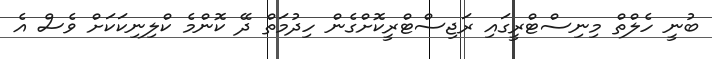
ބުނީ ހެލްތް މިނިސްޓްރީގައި ރަޖިސްޓްރީކޮށްގެން ހިދުމަތް ދޭ ކޮންމެ ކްލިނިކަކަށް ވެސް އެ